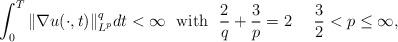
LaTeX: \begin{align*} \int_{0}^{T}\|\nabla u(\cdot,t)\|_{L^{p}}^{q}dt<\infty\ \text{ with }\ \frac{2}{q}+\frac{3}{p}= 2\ \ \ \ \frac{3}{2}<p\leq \infty,\end{align*}